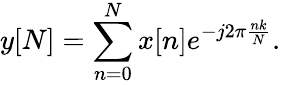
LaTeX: y[N]=\sum_{n=0}^{N}x[n]e^{-j2\pi{\frac{nk}{N}}}.